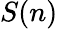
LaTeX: S(n)